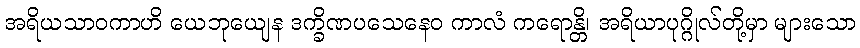
အရိယသာဝကာဟိ ယေဘုယျေန ဒက္ခိဏပသေနေဝ ကာလံ ကရောန္တိ၊ အရိယာပုဂ္ဂိုလ်တို့မှာ များသော